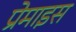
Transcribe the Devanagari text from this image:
प्रेमाइस